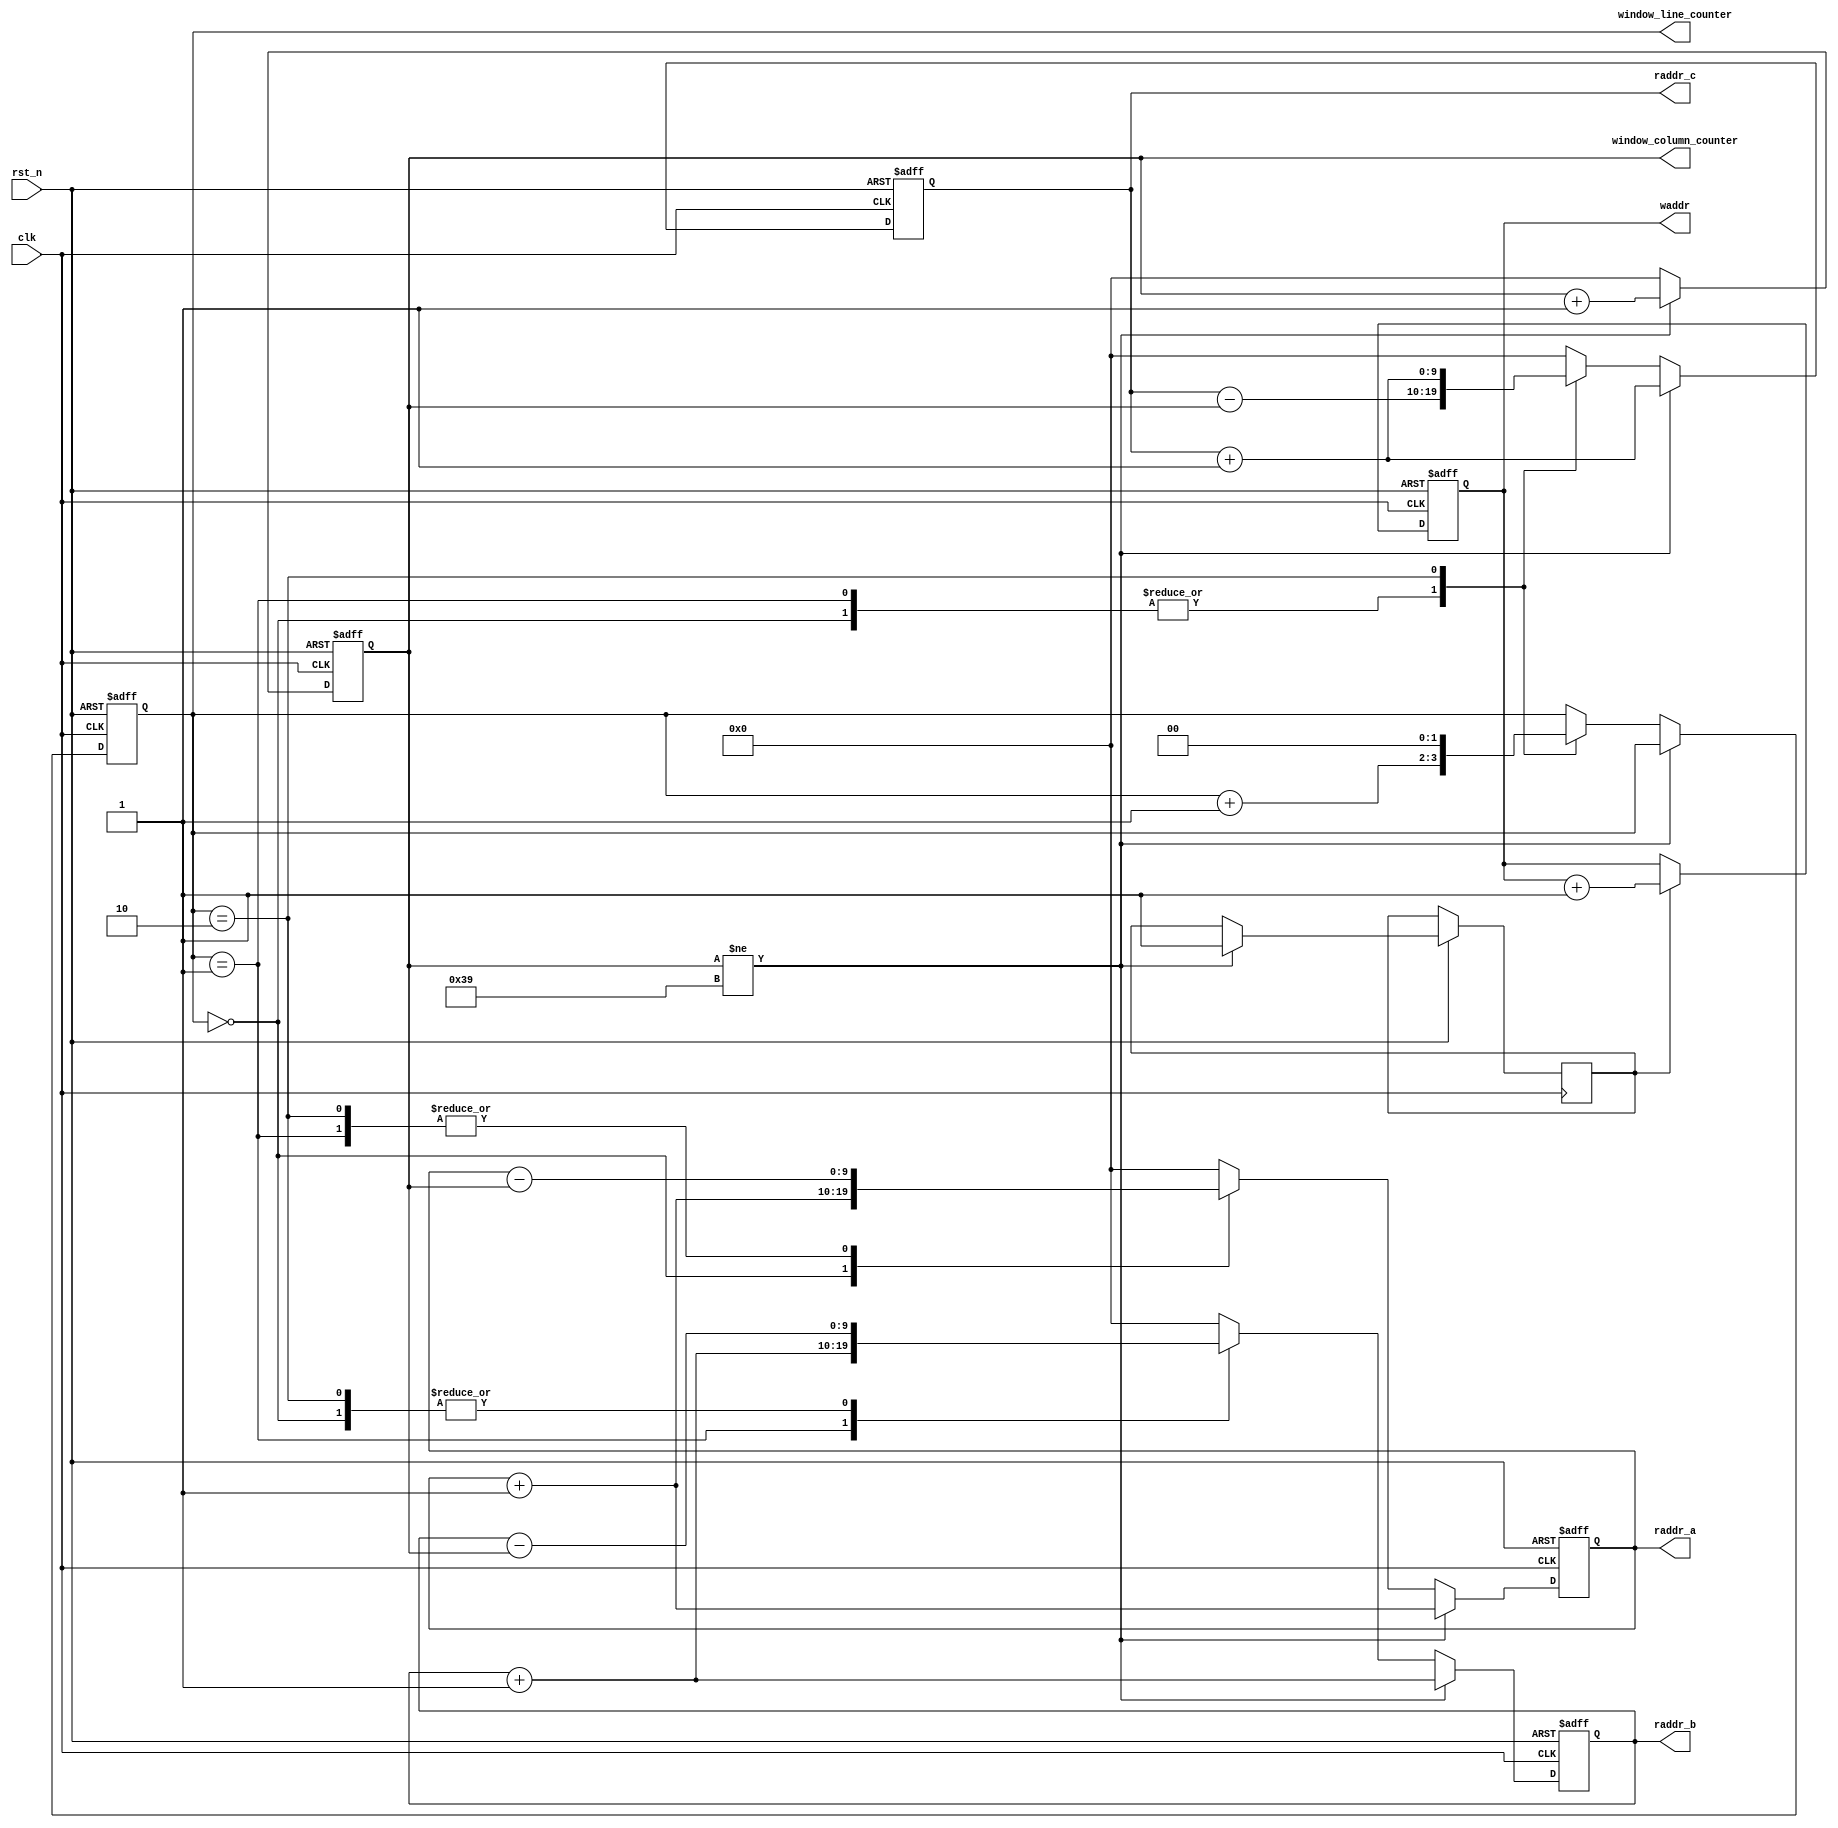
/* --------------------------------------------------------------------------------
 This file is part of FPGA Median Filter.

    FPGA Median Filter is free software: you can redistribute it and/or modify
    it under the terms of the GNU General Public License as published by
    the Free Software Foundation, either version 3 of the License, or
    (at your option) any later version.

    FPGA Median Filter is distributed in the hope that it will be useful,
    but WITHOUT ANY WARRANTY; without even the implied warranty of
    MERCHANTABILITY or FITNESS FOR A PARTICULAR PURPOSE.  See the
    GNU General Public License for more details.

    You should have received a copy of the GNU General Public License
    along with FPGA Median Filter.  If not, see <http://www.gnu.org/licenses/>.
-------------------------------------------------------------------------------- */
/* +----------------------------------------------------------------------------
   Universidade Federal da Bahia
  ------------------------------------------------------------------------------
   PROJECT: FPGA Median Filter
  ------------------------------------------------------------------------------
   FILE NAME            : median.v
   AUTHOR               : Joo Carlos Bittencourt
   AUTHOR'S E-MAIL      : joaocarlos@ieee.org
   -----------------------------------------------------------------------------
   RELEASE HISTORY
   VERSION  DATE        AUTHOR        DESCRIPTION
   1.0      2013-08-13  joao.nunes    initial version
   2.0      2013-09-06  laur.rami     fix minnor issues on memory address
   -----------------------------------------------------------------------------
   KEYWORDS: median, filter, image processing, state machine
   -----------------------------------------------------------------------------
   PURPOSE: Windowing Memory Address Controller.
   ----------------------------------------------------------------------------- */
module state_machine
#(
    parameter LUT_ADDR_WIDTH = 10,
    parameter IMG_WIDTH = 234,
    parameter IMG_HEIGHT = 234
)(
    input clk, // Clock
    input rst_n, // Asynchronous reset active low

    output reg [LUT_ADDR_WIDTH-1:0] raddr_a,
    output reg [LUT_ADDR_WIDTH-1:0] raddr_b,
    output reg [LUT_ADDR_WIDTH-1:0] raddr_c,
    output reg [LUT_ADDR_WIDTH-1:0] waddr,
    output reg [1:0] window_line_counter,
    output reg [9:0] window_column_counter
//    output reg [9:0] memory_shift
);

    reg valid;

    always @(posedge clk or negedge rst_n)
    begin : out_memory_counter
        if(~rst_n) begin
            waddr <= {LUT_ADDR_WIDTH{1'b0}};
        end else if(valid) begin
            waddr <= waddr + 1'b1;
        end
    end

    always @(posedge clk or negedge rst_n)
    begin : addr_counter
        if(~rst_n) begin
            window_column_counter <= 10'd0;
            window_line_counter <= 2'b00;
            raddr_a <= {LUT_ADDR_WIDTH{1'b0}};
            raddr_b <= {LUT_ADDR_WIDTH{1'b0}};
            raddr_c <= {LUT_ADDR_WIDTH{1'b0}};
        end else begin
            if(window_column_counter != ((IMG_WIDTH/4)-1)) begin
                window_column_counter <= window_column_counter + 1'b1;
                valid <= 1'b1;
                raddr_a <= raddr_a + 1'b1;
                raddr_b <= raddr_b + 1'b1;
                raddr_c <= raddr_c + 1'b1;
            end else begin
                window_column_counter <= 10'd0;
                case (window_line_counter)
                    2'b00 :
                    begin
                        raddr_a <= raddr_a + 1'b1;
                        raddr_b <= raddr_b - window_column_counter;
                        raddr_c <= raddr_c - window_column_counter;
                        window_line_counter = window_line_counter + 1'b1;
                    end
                    2'b01 :
                    begin
                        raddr_b <= raddr_b + 1'b1;
                        raddr_a <= raddr_a - window_column_counter;
                        raddr_c <= raddr_c - window_column_counter;
                        window_line_counter = window_line_counter + 1'b1;
                    end
                    2'b10 :
                    begin
                        raddr_b <= raddr_b - window_column_counter;
                        raddr_a <= raddr_a - window_column_counter;
                        raddr_c <= raddr_c + 1'b1;
                        window_line_counter = 2'b00;
                    end
                    default :
                    begin
                        raddr_a <= {LUT_ADDR_WIDTH{1'b0}};
                        raddr_b <= {LUT_ADDR_WIDTH{1'b0}};
                        raddr_c <= {LUT_ADDR_WIDTH{1'b0}};
                    end
                endcase
            end
        end
    end

endmodule